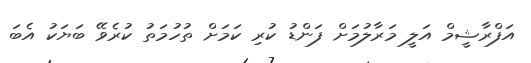
އަފްރާޝީމް އަލީ މަރާލުމަށް ފަންޑު ކުރި ކަމަށް ތުހުމަތު ކުރެވޭ ބަޔަކު އެބަ